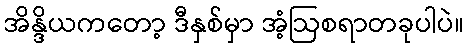
အိန္ဒိယကတော့ ဒီနှစ်မှာ အံ့ဩစရာတခုပါပဲ။